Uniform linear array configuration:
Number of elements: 16
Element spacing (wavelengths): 0.5
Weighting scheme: hamming
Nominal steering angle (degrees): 45
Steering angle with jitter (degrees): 45.504
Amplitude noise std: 0.05
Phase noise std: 0.05

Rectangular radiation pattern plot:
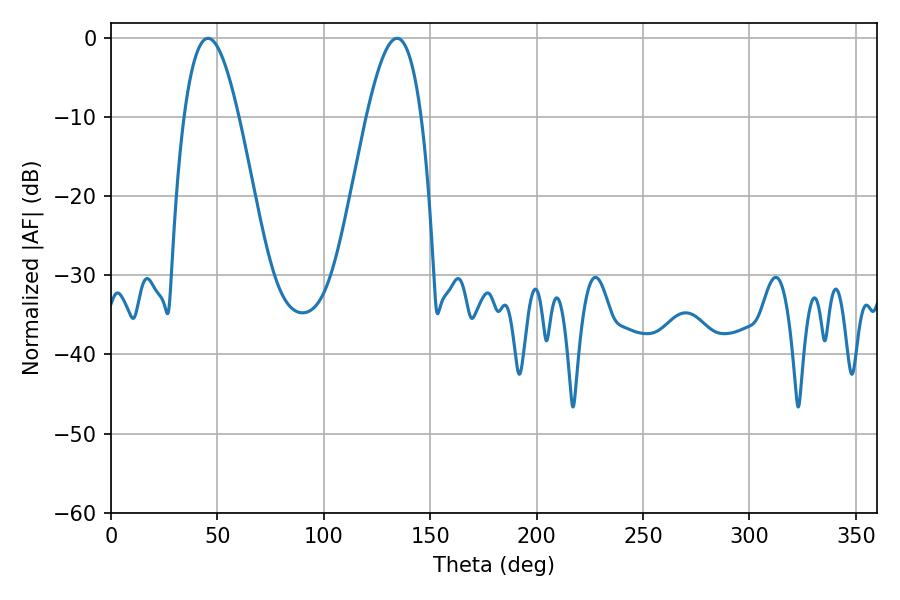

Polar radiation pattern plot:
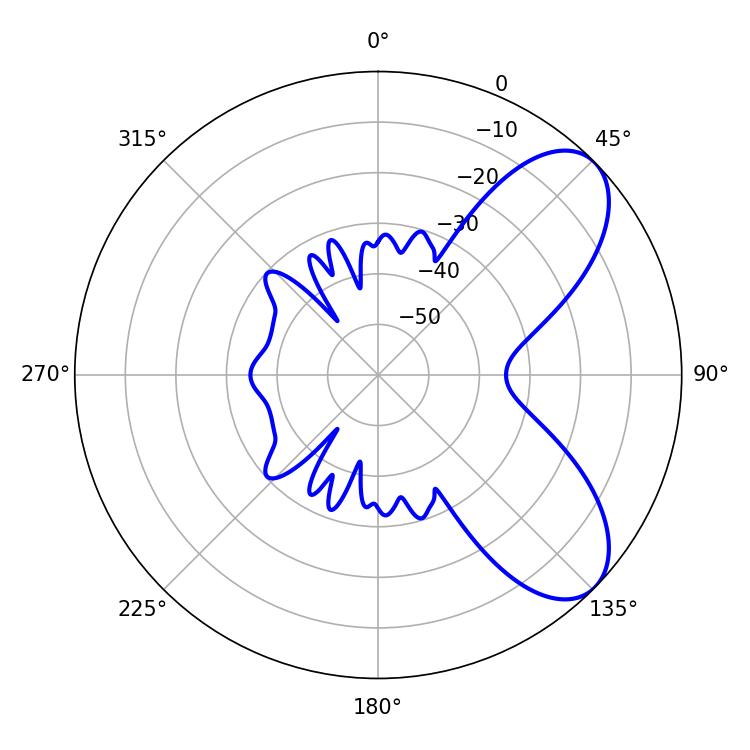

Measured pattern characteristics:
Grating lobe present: FALSE
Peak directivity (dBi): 7.194
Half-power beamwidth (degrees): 14.04
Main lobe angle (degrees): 45.54